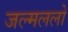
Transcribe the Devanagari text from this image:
जल्मललो